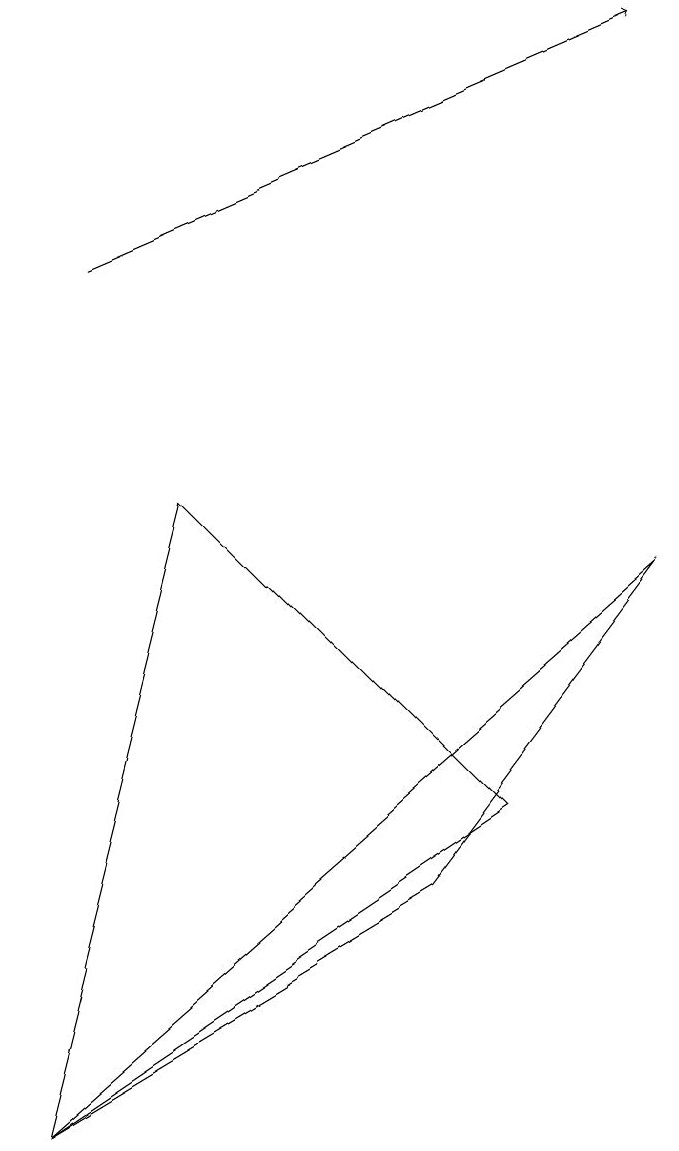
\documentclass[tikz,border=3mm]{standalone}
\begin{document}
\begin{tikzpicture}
\draw[->] (1,11) -- (8,14);
\draw (2,8) -- (6,4) -- (0,0) -- cycle;
\draw (5,3) -- (8,7) -- (0,0) -- cycle;
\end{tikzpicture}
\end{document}